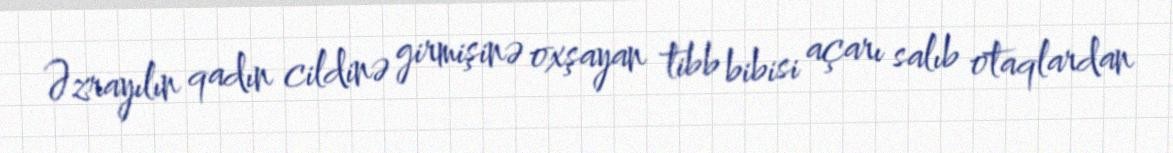
Əzrayılın qadın cildinə girmişinə oxşayan tibb bibisi açarı salıb otaqlardan